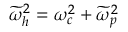
\widetilde { \omega } _ { h } ^ { 2 } = \omega _ { c } ^ { 2 } + \widetilde { \omega } _ { p } ^ { 2 }